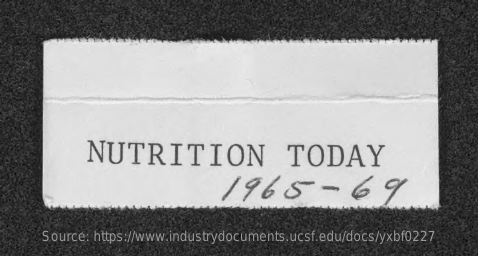
NUTRITION    TODAY
     1965-
     Source: https://www.industrydocuments.ucsf.edu/docs/yxbf0227